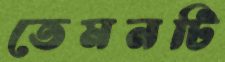
তেমনটি